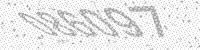
Solution: 086097